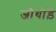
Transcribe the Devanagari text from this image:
जोथोड़े